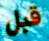
قبل